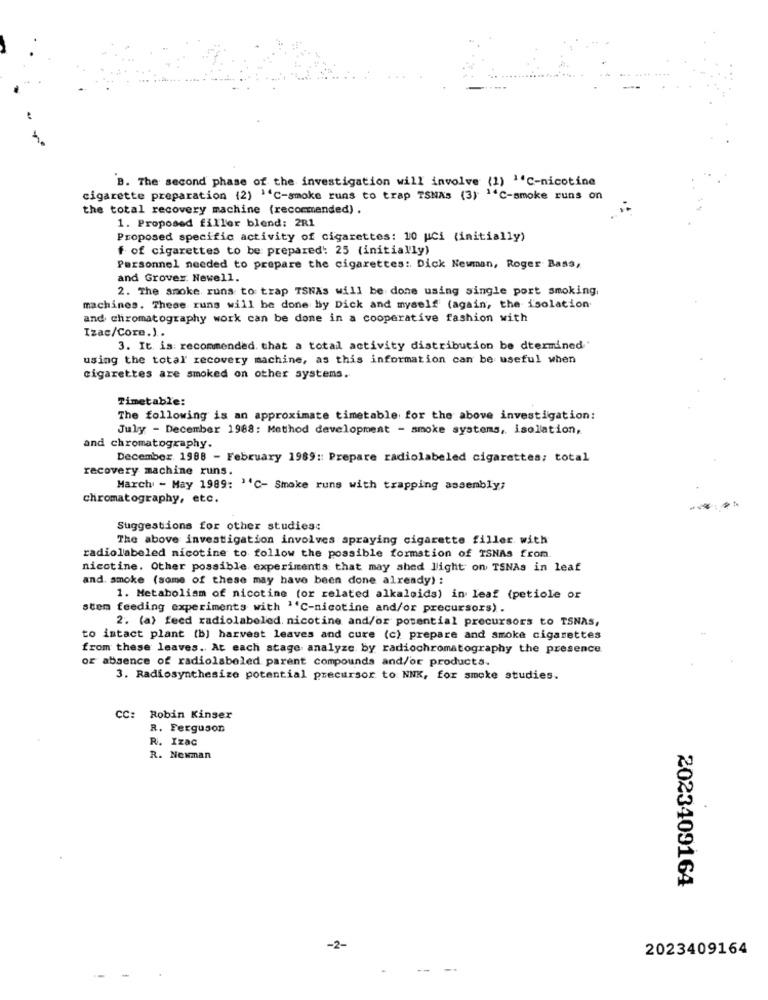
B. The second phase of the investigation will involve (1) I'C-nicotine
cigarette preparation (2) "C-smoke runs to trap TSNA's (3) "C-smoke runs on
the total recovery machine (recommended) .
1. Proposed filler blend: 2R1
Proposed specific activity of cigarettes: 10 uci (initially)
f of cigarettes to be prepared: 25 (initially)
Personnel needed to prepare the cigarettes :. Dick Newman, Roger Bass,
and Grover: Newell.
2. The smoke, runs to trap TSNAs will be done using single port smoking
machines. These runs will be done by Dick and myself (again, the isolation
and chromatography work can be done in a cooperative fashion with
Izac/Core.).
3. It is recommended. that a totall activity distribution be dtermined
using the total recovery machine, as this information can be useful when
cigarettes are smoked on other systems.
Timetable:
The following is an approximate timetable for the above investigation:
July - December 1988: Method development - smoke systems, isolation,
and chromatography.
December 1988 - February 1989 :: Prepare radiolabeled cigarettes; total
recovery machine runs.
March - May 1989: ''C- Smoke runs with trapping assembly;
chromatography, etc.
Suggestions for other studies:
The above investigation involves spraying cigarette filler with
radiolabeled nicotine to follow the possible formation of TSNAs from
nicotine. Other possible experimentis that may shed light on TSNAs in leaf
and. smoke (some of these may have been done already) :
1. Metabolism of nicotine (or related alkaloids) in leaf (petiole or
stem feeding experiments with ''C-nicotine and/or precursors) .
2. (a) feed radiolabeled. nicotine and/or potential precursors to TSNAS,
to intact plant (b) harvest leaves and cure (c) prepare and smoke cigarettes
from these leaves. At each stage analyze by radiochromatography the presence
or absence of radiolabeled parent compounds and/or products.
3. Radiosynthesize potential precursor to NNK, for smoke studies.
CC:
Robin Kinser
R. Ferguson
R. Izac
R. Newman
2023409164
-2-
2023409164
--